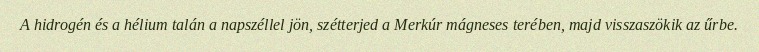
A hidrogén és a hélium talán a napszéllel jön, szétterjed a Merkúr mágneses terében, majd visszaszökik az űrbe.